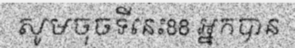
សូមចុចទីនេះ88 អ្នកបាន